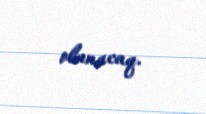
olunacaq.